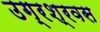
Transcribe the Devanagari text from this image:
उग्रश्रवस